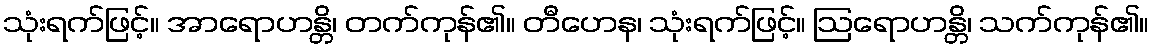
သုံးရက်ဖြင့်။ အာရောဟန္တိ၊ တက်ကုန်၏။ တီဟေန၊ သုံးရက်ဖြင့်။ ဩရောဟန္တိ၊ သက်ကုန်၏။